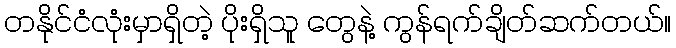
တနိုင်ငံလုံးမှာရှိတဲ့ ပိုးရှိသူ တွေနဲ့ ကွန်ရက်ချိတ်ဆက်တယ်။